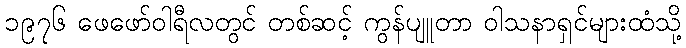
၁၉၇၆ ဖေဖော်ဝါရီလတွင် တစ်ဆင့် ကွန်ပျူတာ ဝါသနာရှင်များထံသို့